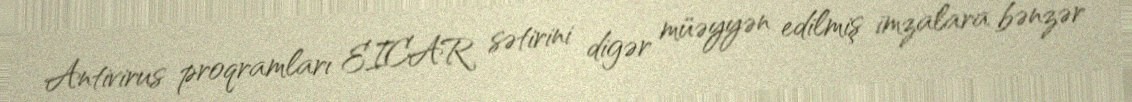
Antivirus proqramları EICAR sətirini digər müəyyən edilmiş imzalara bənzər